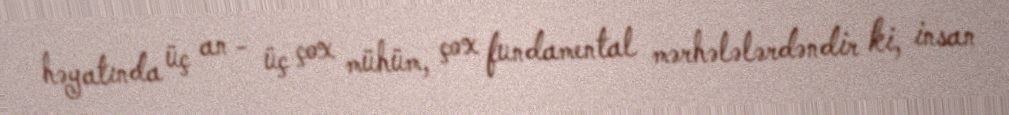
həyatında üç an - üç çox mühüm, çox fundamental mərhələlərdəndir ki, insan